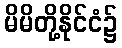
မိမိတို့နိုင်ငံ၌